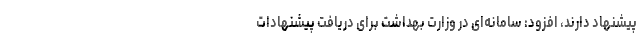
پیشنهاد دارند، افزود: سامانه‌ای در وزارت بهداشت برای دریافت پیشنهادات